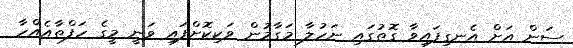
ސަން އަށް އެނގިފައިވާ ގޮތުގައި ނަހުލާ މަގާމުން ވަކިކޮށްފައި ވަނީ މީގެ ހަފްތާއެއްހާ